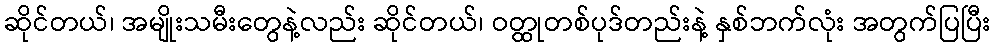
ဆိုင်တယ်၊ အမျိုးသမီးတွေနဲ့လည်း ဆိုင်တယ်၊ ဝတ္ထုတစ်ပုဒ်တည်းနဲ့ နှစ်ဘက်လုံး အတွက်ပြပြီး